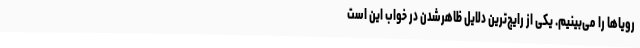
رویاها را می‌بینیم. یکی از رایج‌ترین دلایل ظاهرشدن در خواب این است